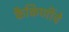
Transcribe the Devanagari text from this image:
कैकिणींचे